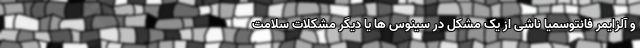
و آلزایمر فانتوسمیا ناشی از یک مشکل در سینوس ها یا دیگر مشکلات سلامت